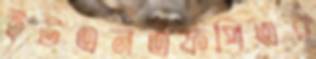
ইউএনএফপিএর